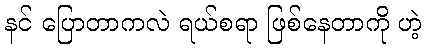
နင် ပြောတာကလဲ ရယ်စရာ ဖြစ်နေတာကို ဟဲ့